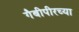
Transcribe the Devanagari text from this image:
गैबीपीरच्या